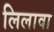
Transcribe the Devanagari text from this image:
लिलावा